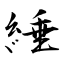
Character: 綞